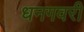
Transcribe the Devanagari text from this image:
धनगवरी